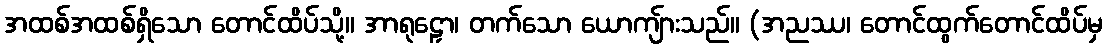
အထစ်အထစ်ရှိသော တောင်ထိပ်သို့။ အာရုဠှော၊ တက်သော ယောကျ်ားသည်။ (အညဿ၊ တောင်ထွက်တောင်ထိပ်မှ